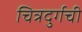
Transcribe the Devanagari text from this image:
चित्रदुर्गची